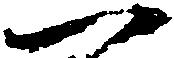
一